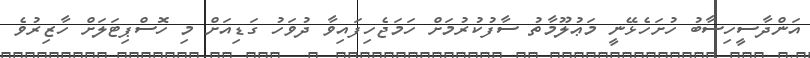
އަންދާސީހިސާބު ހުށަހެޅޭނީ މަޢުލޫމާތު ސާފުކުރުމަށް ހަމަޖެހިފައިވާ ދުވަހު ގަޑިއަށް މި ހޮސްޕިޓަލަށް ހާޒިރުވެ